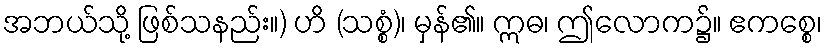
အဘယ်သို့ ဖြစ်သနည်း။) ဟိ (သစ္စံ)၊ မှန်၏။ ဣဓ၊ ဤလောက၌။ ဧကစ္စေ၊